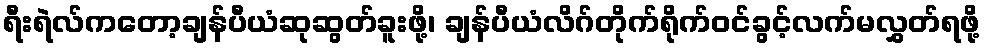
ရီးရဲလ်ကတော့ချန်ပီယံဆုဆွတ်ခူးဖို့၊ ချန်ပီယံလိဂ်တိုက်ရိုက်ဝင်ခွင့်လက်မလွှတ်ရဖို့